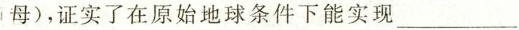
母)，证实了在原始地球条件下能实现___.